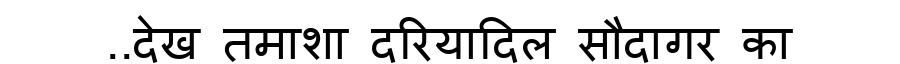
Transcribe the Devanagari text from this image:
..देख तमाशा दरियादिल सौदागर का